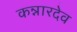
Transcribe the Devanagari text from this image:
कन्नारदेव